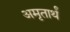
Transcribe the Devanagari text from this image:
अमृतार्थं